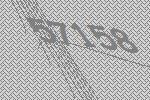
57158